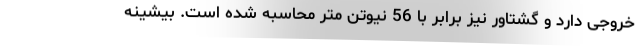
خروجی دارد و گشتاور نیز برابر با 56 نیوتن متر محاسبه شده است. بیشینه